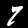
Digit: 7